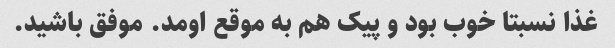
غذا نسبتا خوب بود و پیک هم به موقع اومد. موفق باشید.